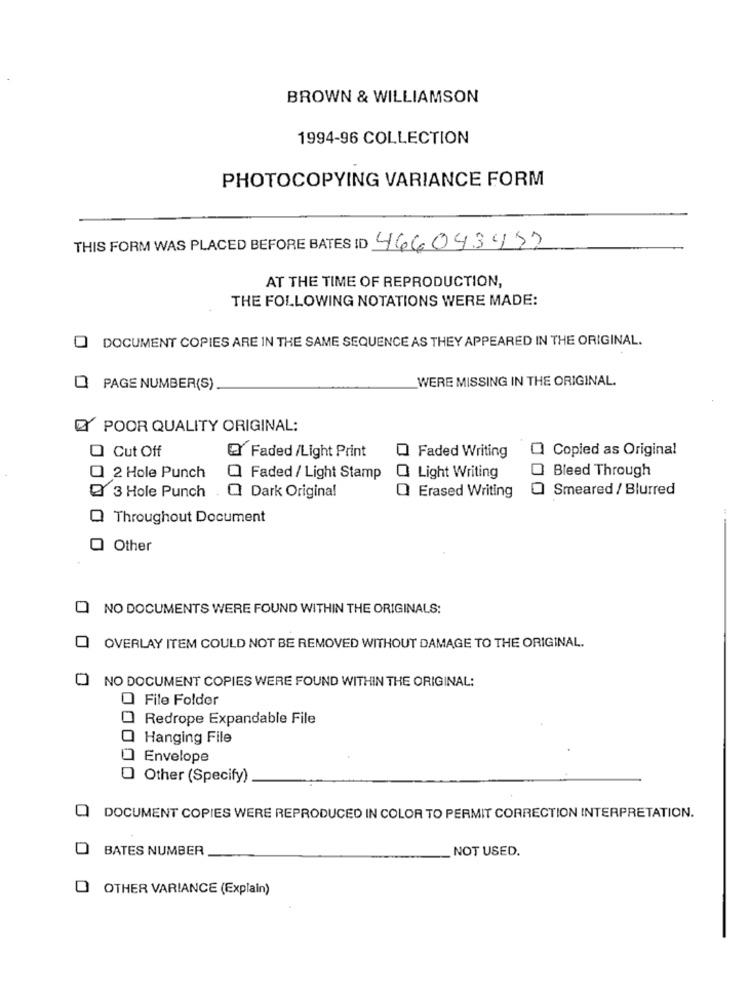
BROWN & WILLIAMSON
1994-96 COLLECTION
PHOTOCOPYING VARIANCE FORM
THIS FORM WAS PLACED BEFORE BATES ID 466043477
AT THE TIME OF REPRODUCTION,
THE FOLLOWING NOTATIONS WERE MADE:
O DOCUMENT COPIES ARE IN THE SAME SEQUENCE AS THEY APPEARED IN THE ORIGINAL.
WERE MISSING IN THE ORIGINAL.
Q PAGE NUMBER(S)
POOR QUALITY ORIGINAL:
O Cut Off
Faded /Light Print
Copied as Original
Faded Writing
Bleed Through
Q 2 Hole Punch
Faded / Light Stamp
Light Writing
Erased Writing
Smeared / Blurred
Q 3 Hole Punch
Q Dark Original
Q Throughout Document
Q Other
O NO DOCUMENTS WERE FOUND WITHIN THE ORIGINALS:
OVERLAY ITEM COULD NOT BE REMOVED WITHOUT DAMAGE TO THE ORIGINAL.
NO DOCUMENT COPIES WERE FOUND WITHIN THE ORIGINAL:
O File Folder
Redrope Expandable File
Hanging File
Envelope
Other (Specify)
DOCUMENT COPIES WERE REPRODUCED IN COLOR TO PERMIT CORRECTION INTERPRETATION.
BATES NUMBER
NOT USED.
OTHER VARIANCE (Explain)